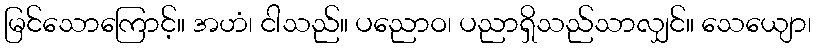
မြင်သောကြောင့်။ အဟံ၊ ငါသည်။ ပညောဝ၊ ပညာရှိသည်သာလျှင်။ သေယျော၊